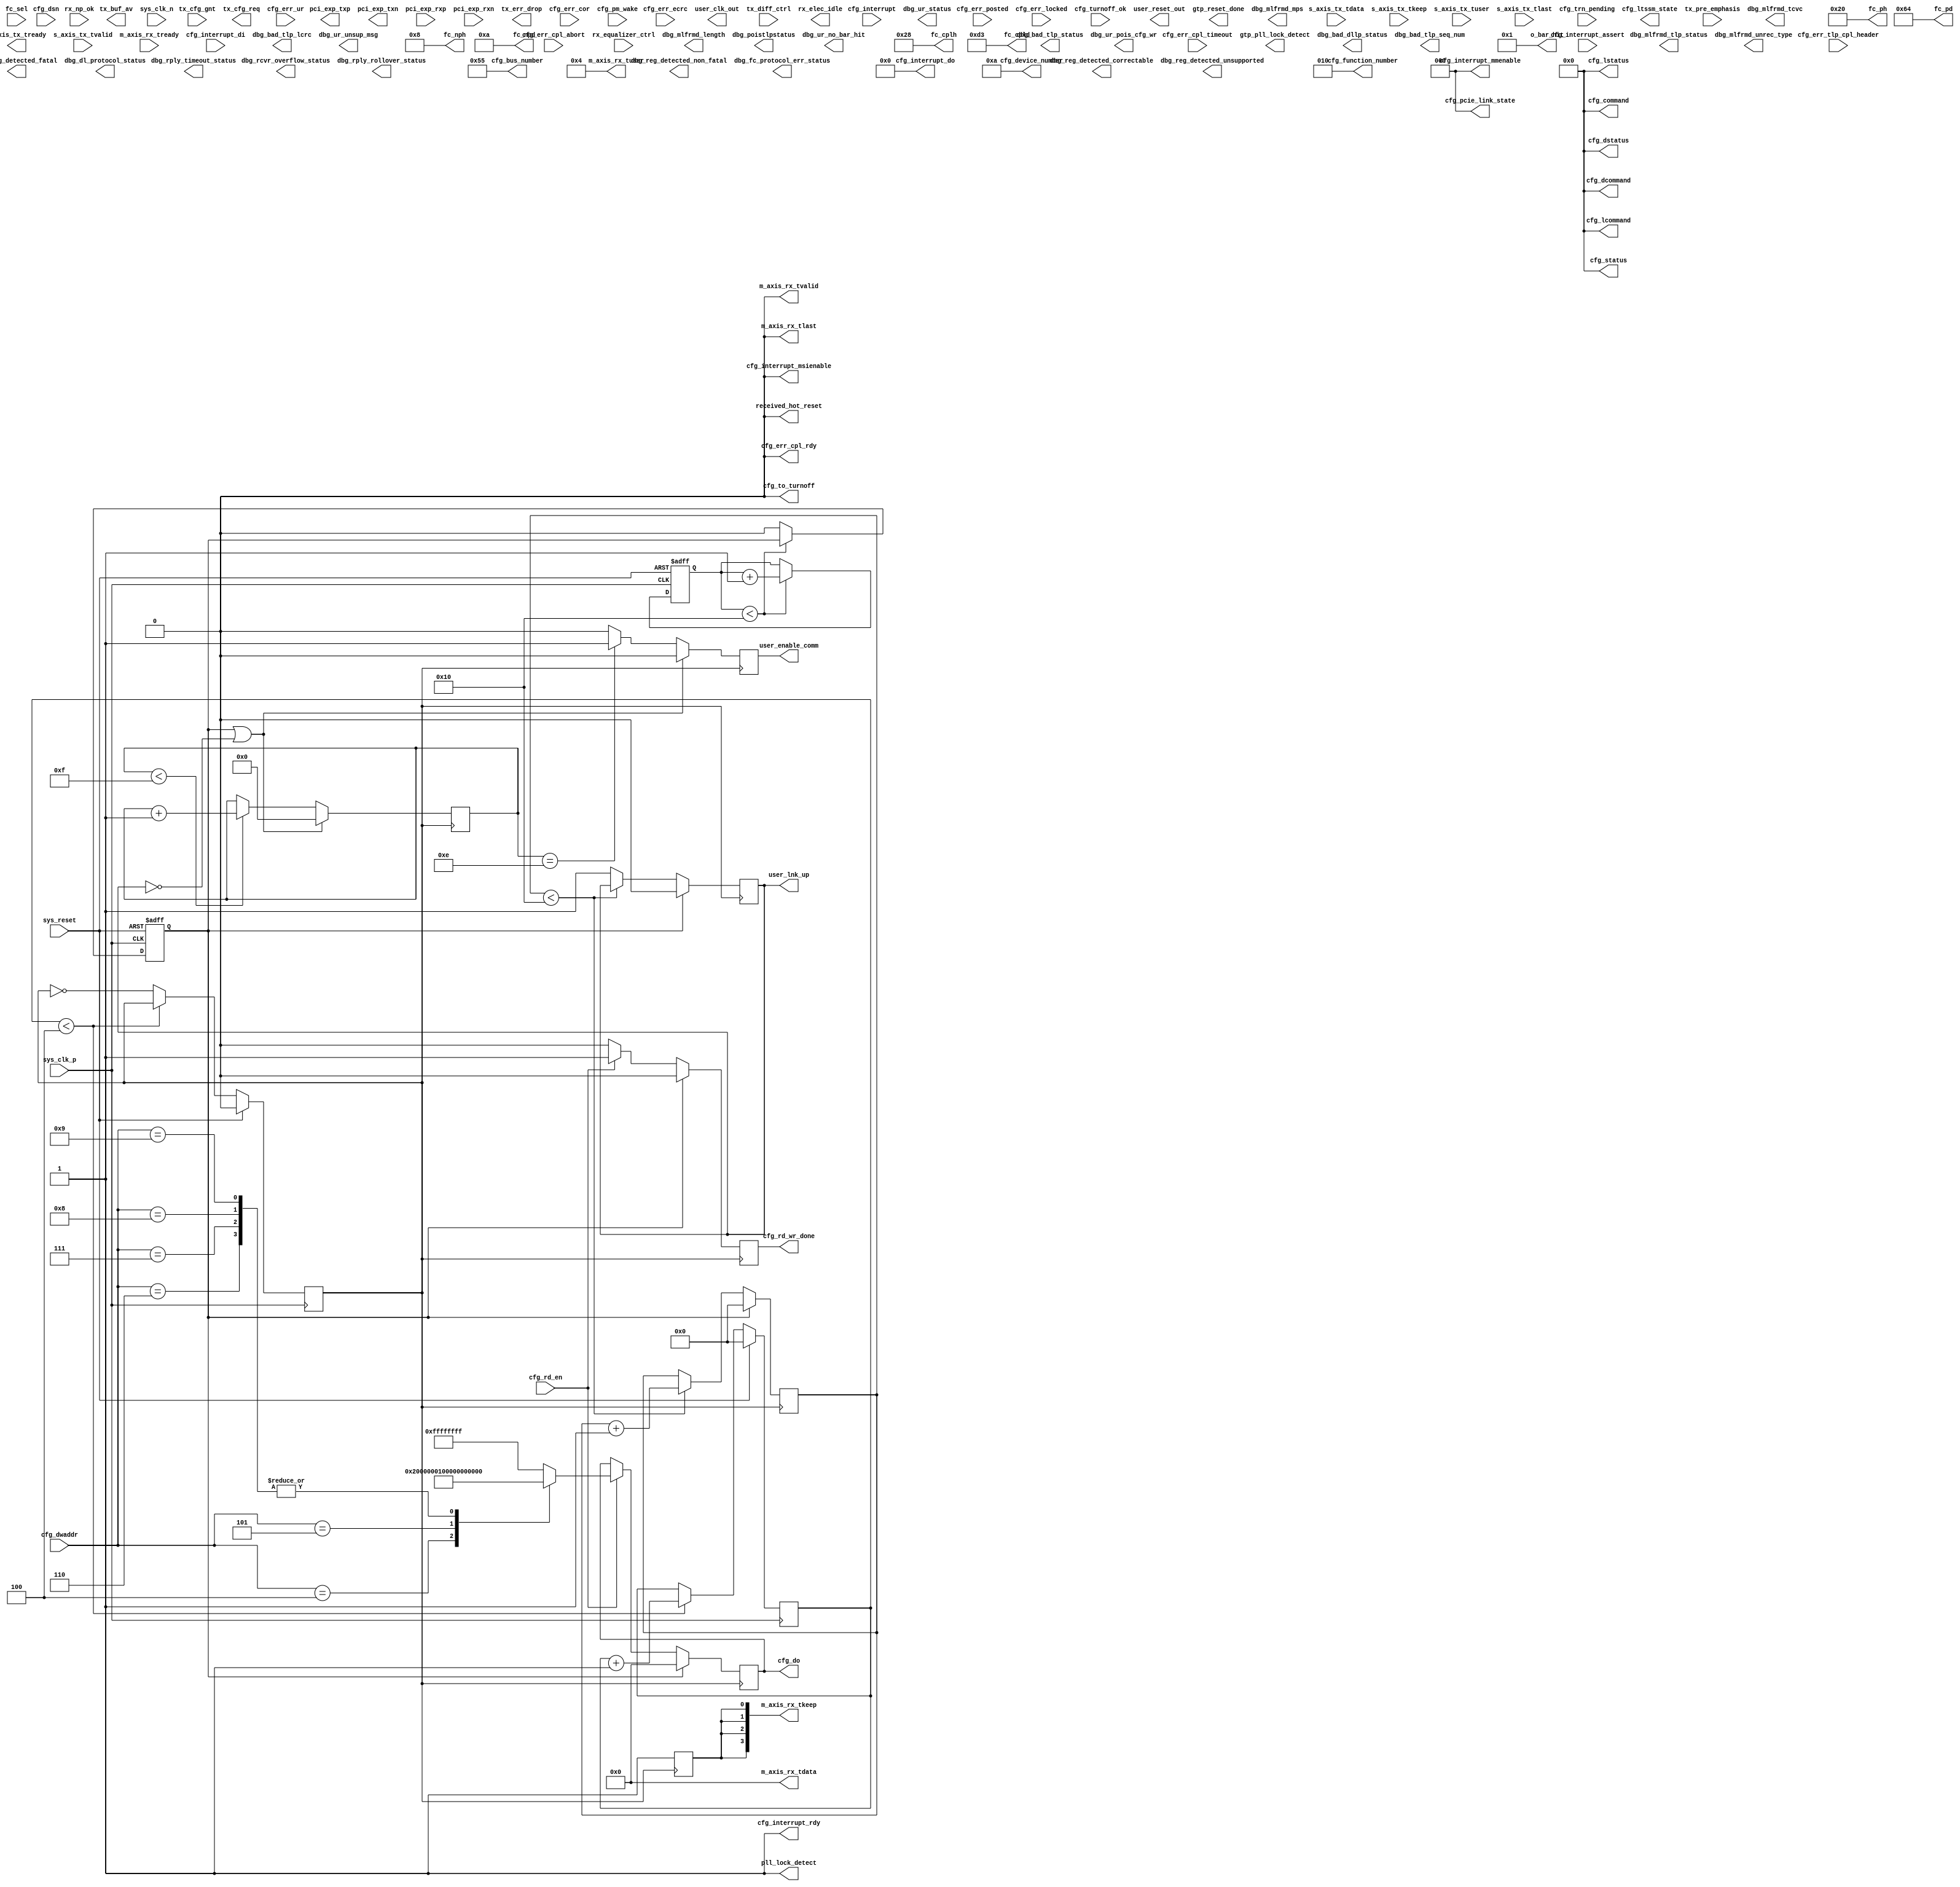
/*
Distributed under the MIT license.
Copyright (c) 2015 Dave McCoy (dave.mccoy@cospandesign.com)

Permission is hereby granted, free of charge, to any person obtaining a copy of
this software and associated documentation files (the "Software"), to deal in
the Software without restriction, including without limitation the rights to
use, copy, modify, merge, publish, distribute, sublicense, and/or sell copies
of the Software, and to permit persons to whom the Software is furnished to do
so, subject to the following conditions:

The above copyright notice and this permission notice shall be included in all
copies or substantial portions of the Software.

THE SOFTWARE IS PROVIDED "AS IS", WITHOUT WARRANTY OF ANY KIND, EXPRESS OR
IMPLIED, INCLUDING BUT NOT LIMITED TO THE WARRANTIES OF MERCHANTABILITY,
FITNESS FOR A PARTICULAR PURPOSE AND NONINFRINGEMENT. IN NO EVENT SHALL THE
AUTHORS OR COPYRIGHT HOLDERS BE LIABLE FOR ANY CLAIM, DAMAGES OR OTHER
LIABILITY, WHETHER IN AN ACTION OF CONTRACT, TORT OR OTHERWISE, ARISING FROM,
OUT OF OR IN CONNECTION WITH THE SOFTWARE OR THE USE OR OTHER DEALINGS IN THE
SOFTWARE.
*/

/*
 * Description:
 *  Simulation of the PCIE Interface, used primarily to test out
 *    HDL Core
 * Changes:
 */



module sim_pcie_axi_bridge #(
  parameter PCIE_BUS_NUM                              = 8'h55,
  parameter PCIE_DEV_NUM                              = 5'hA,
  parameter PCIE_FUN_NUM                              = 3'h2,

  parameter USR_CLK_DIVIDE                            = 4,

  parameter   [6:0] VC0_TOTAL_CREDITS_PH              = 32,
  parameter  [10:0] VC0_TOTAL_CREDITS_PD              = 211,
  parameter   [6:0] VC0_TOTAL_CREDITS_NPH             = 8,
  parameter   [6:0] VC0_TOTAL_CREDITS_CH              = 40,
  //parameter   [6:0] VC0_TOTAL_CREDITS_CH              = 9,
  parameter  [10:0] VC0_TOTAL_CREDITS_CD              = 211
)(

  // PCI Express Fabric Interface
  output                    pci_exp_txp,  //Not Applicable
  output                    pci_exp_txn,  //Not Applicable
  input                     pci_exp_rxp,  //Not Applicable
  input                     pci_exp_rxn,  //Not Applicable

  // Transaction (TRN) Interface
  output  reg               user_lnk_up,  //Finished

  // Tx
  output  reg               s_axis_tx_tready, //SIM: Not Finished
  input       [31:0]        s_axis_tx_tdata,  //SIM: Not Finished
  input       [3:0]         s_axis_tx_tkeep,  //SIM: Not Finished
  input       [3:0]         s_axis_tx_tuser,  //SIM: Not Finished
  input                     s_axis_tx_tlast,  //SIM: Not Finished
  input                     s_axis_tx_tvalid, //SIM: Not Finished

  output  reg [5:0]         tx_buf_av,
  output  reg               tx_err_drop,
  input                     tx_cfg_gnt,
  output  reg               tx_cfg_req,

  output  reg               user_enable_comm, //SIM: Not Finished

  // Rx
  output  reg [31:0]        m_axis_rx_tdata = 32'h00000000,
  output  reg [3:0]         m_axis_rx_tkeep = 4'b1111,
  output  reg               m_axis_rx_tlast = 1'b0,
  output  reg               m_axis_rx_tvalid = 1'b0,
  input                     m_axis_rx_tready,
  output      [21:0]        m_axis_rx_tuser,
  input                     rx_np_ok,         //SIM: Not Finished

  // Flow Control
  input       [2:0]         fc_sel,
  output      [7:0]         fc_nph,
  output      [11:0]        fc_npd,
  output      [7:0]         fc_ph,
  output      [11:0]        fc_pd,
  output      [7:0]         fc_cplh,
  output      [11:0]        fc_cpld,

  // Host (CFG) Interface
  output  reg [31:0]        cfg_do,           //SIM: Finished
  output  reg               cfg_rd_wr_done,   //SIM: Finished
  input       [9:0]         cfg_dwaddr,       //SIM: Finished
  input                     cfg_rd_en,        //SIM: Finished

  // Configuration: Error
  input                     cfg_err_ur,
  input                     cfg_err_cor,
  input                     cfg_err_ecrc,
  input                     cfg_err_cpl_timeout,
  input                     cfg_err_cpl_abort,
  input                     cfg_err_posted,
  input                     cfg_err_locked,
  input      [47:0]         cfg_err_tlp_cpl_header,
  output                    cfg_err_cpl_rdy,

  // Conifguration: Interrupt
  input                     cfg_interrupt,
  output  reg               cfg_interrupt_rdy = 1,
  input                     cfg_interrupt_assert,
  output  reg [7:0]         cfg_interrupt_do  = 0,
  input       [7:0]         cfg_interrupt_di,
  output  reg [2:0]         cfg_interrupt_mmenable = 0,
  output  reg               cfg_interrupt_msienable = 0,

  // Configuration: Power Management
  input                     cfg_turnoff_ok,       //Not Applicable
  output                    cfg_to_turnoff,       //Not Applicable
  input                     cfg_pm_wake,          //Not Applicable

  //Core Controller
  // Configuration: System/Status
  output      [2:0]         cfg_pcie_link_state,  //Not Applicable
  input                     cfg_trn_pending,
  input       [63:0]        cfg_dsn,
  output      [7:0]         cfg_bus_number,
  output      [4:0]         cfg_device_number,
  output      [2:0]         cfg_function_number,

  output      [15:0]        cfg_status,
  output      [15:0]        cfg_command,
  output      [15:0]        cfg_dstatus,
  output      [15:0]        cfg_dcommand,
  output      [15:0]        cfg_lstatus,
  output      [15:0]        cfg_lcommand,

  // System Interface
  input                     sys_clk_p,
  input                     sys_clk_n,
  input                     sys_reset,
  output                    user_clk_out,
  output                    user_reset_out,
  output                    received_hot_reset,

  // Not Finished
  output                    pll_lock_detect,
  output                    gtp_pll_lock_detect,
  output                    gtp_reset_done,
  output      [4:0]         cfg_ltssm_state,
  input       [1:0]         rx_equalizer_ctrl,
  input       [3:0]         tx_diff_ctrl,
  input       [2:0]         tx_pre_emphasis,
  output      [6:0]         o_bar_hit,

  output                    dbg_reg_detected_correctable, //Not Applicable
  output                    dbg_reg_detected_fatal,       //Not Applicable
  output                    dbg_reg_detected_non_fatal,   //Not Applicable
  output                    dbg_reg_detected_unsupported, //Not Applicable

  output                    dbg_bad_dllp_status,          //Not Applicable
  output                    dbg_bad_tlp_lcrc,             //Not Applicable
  output                    dbg_bad_tlp_seq_num,          //Not Applicable
  output                    dbg_bad_tlp_status,           //Not Applicable
  output                    dbg_dl_protocol_status,       //Not Applicable
  output                    dbg_fc_protocol_err_status,   //Not Applicable
  output                    dbg_mlfrmd_length,            //Not Applicable
  output                    dbg_mlfrmd_mps,               //Not Applicable
  output                    dbg_mlfrmd_tcvc,              //Not Applicable
  output                    dbg_mlfrmd_tlp_status,        //Not Applicable
  output                    dbg_mlfrmd_unrec_type,        //Not Applicable
  output                    dbg_poistlpstatus,            //Not Applicable
  output                    dbg_rcvr_overflow_status,     //Not Applicable
  output                    dbg_rply_rollover_status,     //Not Applicable
  output                    dbg_rply_timeout_status,      //Not Applicable
  output                    dbg_ur_no_bar_hit,            //Not Applicable
  output                    dbg_ur_pois_cfg_wr,           //Not Applicable
  output                    dbg_ur_status,                //Not Applicable
  output                    dbg_ur_unsup_msg,             //Not Applicable

  output                    rx_elec_idle
);

assign                pll_lock_detect = 1'b1;

//Local Parameters
localparam            RESET_OUT_TIMEOUT   = 32'h00000010;
localparam            LINKUP_TIMEOUT      = 32'h00000010;

localparam            CONTROL_PACKET_SIZE = 128;
localparam            DATA_PACKET_SIZE    = 512;
localparam            F2_PACKET_SIZE      = 0;
localparam            F3_PACKET_SIZE      = 0;
localparam            F4_PACKET_SIZE      = 0;
localparam            F5_PACKET_SIZE      = 0;
localparam            F6_PACKET_SIZE      = 0;
localparam            F7_PACKET_SIZE      = 0;



localparam            CONTROL_FUNCTION_ID = 0;
localparam            DATA_FUNCTION_ID    = 1;
localparam            F2_ID               = 2;
localparam            F3_ID               = 3;
localparam            F4_ID               = 4;
localparam            F5_ID               = 5;
localparam            F6_ID               = 6;
localparam            F7_ID               = 7;


//Registers/Wires
reg           clk = 0;
reg   [23:0]  r_usr_clk_count;
reg           rst = 0;
reg   [23:0]  r_usr_rst_count;

reg   [23:0]  r_linkup_timeout;

reg   [23:0]  r_mcount;
reg   [23:0]  r_scount;
wire  [23:0]  w_func_size_map [0:7];

wire  [23:0]  w_func_size;

//Submodules
//Asynchronous Logic
assign  pcie_exp_txp              = 0;
assign  pcie_exp_txn              = 0;

//assign  user_clk_out              = clk;
//assign  user_reset_out            = rst;

assign  w_func_size_map[CONTROL_FUNCTION_ID ] = CONTROL_PACKET_SIZE;
assign  w_func_size_map[DATA_FUNCTION_ID    ] = DATA_PACKET_SIZE;
assign  w_func_size_map[F2_ID               ] = F2_PACKET_SIZE;
assign  w_func_size_map[F3_ID               ] = F3_PACKET_SIZE;
assign  w_func_size_map[F4_ID               ] = F4_PACKET_SIZE;
assign  w_func_size_map[F5_ID               ] = F5_PACKET_SIZE;
assign  w_func_size_map[F6_ID               ] = F6_PACKET_SIZE;
assign  w_func_size_map[F7_ID               ] = F7_PACKET_SIZE;

assign  w_func_size               = w_func_size_map[cfg_function_number];

//TODO
assign  received_hot_reset        = 0;

//  input       [2:0]         fc_sel,
assign  fc_nph      = VC0_TOTAL_CREDITS_NPH;
assign  fc_npd      = 10;
assign  fc_ph       = VC0_TOTAL_CREDITS_PH;
assign  fc_pd       = 100;
assign  fc_cplh     = VC0_TOTAL_CREDITS_CH;
assign  fc_cpld     = VC0_TOTAL_CREDITS_CD;



assign  cfg_err_cpl_rdy           = 0;

//assign  cfg_interrupt_rdy         = 0;
//assign  cfg_interrupt_do          = 0;
//assign  cfg_interrupt_mmenable    = 0;
//assign  cfg_interrupt_msienable   = 0;

assign  cfg_to_turnoff            = 0;

assign  cfg_pcie_link_state       = 0;

assign  cfg_status                = 0;
assign  cfg_command               = 0;
assign  cfg_dstatus               = 0;
assign  cfg_dcommand              = 0;
assign  cfg_lstatus               = 0;
assign  cfg_lcommand              = 0;

//Synchronous Logic
//Generate clock
always @ (posedge sys_clk_p) begin
  if (sys_reset) begin
    clk               <=  0;
    r_usr_clk_count   <=  0;
  end
  else begin
    if (r_usr_clk_count < USR_CLK_DIVIDE) begin
      r_usr_clk_count <=  r_usr_clk_count + 1;
    end
    else begin
      clk             <=  ~clk;
    end
  end
end

//Generate Reset Pulse
always @ (posedge sys_clk_p or posedge sys_reset) begin
  if (sys_reset) begin
    rst               <=  1;
    r_usr_rst_count   <=  0;
  end
  else begin
    if (r_usr_rst_count < RESET_OUT_TIMEOUT) begin
      r_usr_rst_count <=  r_usr_rst_count + 1;
    end
    else begin
      rst             <=  0;
    end
  end
end

//Send user a linkup signal
always @ (posedge clk) begin
  if (rst) begin
    r_linkup_timeout    <=  0;
    user_lnk_up         <=  0;
  end
  else begin
    if (r_linkup_timeout < LINKUP_TIMEOUT) begin
      r_linkup_timeout  <=  r_linkup_timeout + 1;
    end
    else begin
      user_lnk_up       <=  1;
    end
  end
end


//Data From PCIE to Core Ggenerator
reg [3:0] dm_state;

localparam  IDLE    = 0;
localparam  READY   = 1;
localparam  WRITE   = 2;
localparam  READ    = 3;


assign  o_bar_hit = 7'h01;

assign  m_axis_rx_tuser   =  {13'h0,
                              o_bar_hit,
                              m_axis_rx_tvalid,
                              1'b0};

assign  cfg_bus_number      = PCIE_BUS_NUM;
assign  cfg_function_number = PCIE_FUN_NUM;
assign  cfg_device_number   = PCIE_DEV_NUM;

always @ (posedge clk) begin
  m_axis_rx_tkeep   <=  4'b1111;
end
/*
always @ (posedge clk) begin
  m_axis_rx_tlast     <=  0;
  m_axis_rx_tvalid    <=  0;

  if (rst) begin
    m_axis_rx_tdata   <=  0;
    dm_state          <=  IDLE;

    m_axis_rx_tkeep   <=  4'b1111;

    r_mcount          <=  0;
  end
  else begin
    //m_axis_rx_tready
    //rx_np_ok
    case (dm_state)
      IDLE: begin
        r_mcount        <=  0;
        dm_state        <=  READY;
        m_axis_rx_tdata <=  0;
      end
      READY: begin
        if (m_axis_rx_tready) begin
          dm_state          <=  WRITE;
        end
      end
      WRITE: begin
        if (m_axis_rx_tvalid) begin
          m_axis_rx_tdata   <=  m_axis_rx_tdata + 1;
        end
        if (r_mcount < w_func_size_map[cfg_function_number]) begin
          m_axis_rx_tvalid  <=  1;
          if (r_mcount >= (w_func_size_map[cfg_function_number] - 1)) begin
            m_axis_rx_tlast <=  1;
          end
          r_mcount          <=  r_mcount + 1;
        end
        else begin
          dm_state          <=  IDLE;
        end
      end
      default: begin
      end
    endcase
  end
end
*/

//Linkup
reg prev_user_lnk_up;
reg [3:0] linkup_count;

always @ (posedge clk) begin
  user_enable_comm    <=  0;
  if (rst || !user_lnk_up) begin
    linkup_count      <=  0;
  end
  else begin
    if (linkup_count < 4'hF) begin
      linkup_count    <=  linkup_count + 1;
    end

    if (linkup_count == 4'hE) begin
      user_enable_comm  <=  1;
    end
  end
end

//Configuration Read
always @ (posedge clk) begin
  cfg_rd_wr_done    <=  0;
  if (rst) begin
    cfg_do          <=  0;
  end
  else begin
    if (cfg_rd_en) begin
      cfg_rd_wr_done  <=  1;
      case (cfg_dwaddr)
        4: cfg_do           <=  32'h00000200;
        5: cfg_do           <=  32'h00001000;
        6: cfg_do           <=  32'h00000000;
        7: cfg_do           <=  32'h00000000;
        8: cfg_do           <=  32'h00000000;
        9: cfg_do           <=  32'h00000000;
        default: cfg_do     <=  32'hFFFFFFFF;
      endcase
    end
  end
end





//AXI Data D2H
//Data From Core to PCIE Reader
/*
reg [3:0] ds_state;
always @ (posedge clk) begin
  s_axis_tx_tready  <=  0;
  if (rst) begin
    //s_axis_tx_tdata
    //s_axis_tx_tkeep
    //s_axis_tx_tuser
    //s_axis_tx_tlast
    //s_axis_tx_tvalid

    tx_buf_av       <=  0;
    tx_err_drop     <=  0;
    //tx_cfg_gnt      <=  0;
    tx_cfg_req      <=  0;

    ds_state        <=  IDLE;
    r_scount        <=  0;
  end
  else begin
    case (ds_state)
      IDLE: begin
        r_scount    <=  0;
        ds_state    <=  READ;
      end
      READ: begin
        if (s_axis_tx_tvalid && (r_scount < w_func_size_map[cfg_function_number])) begin
          s_axis_tx_tready    <=  1;
        end
        else begin
          ds_state  <=  IDLE;
        end
      end
      default: begin
      end
    endcase
  end
end
*/

endmodule